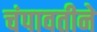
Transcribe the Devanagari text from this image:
चंपावतीने